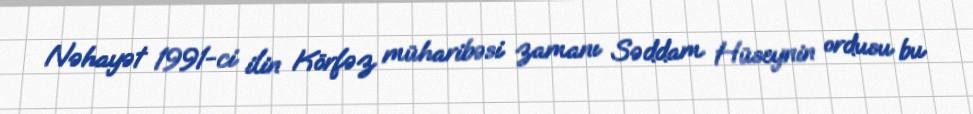
Nəhayət 1991-ci ilin Körfəz müharibəsi zamanı Səddam Hüseynin ordusu bu